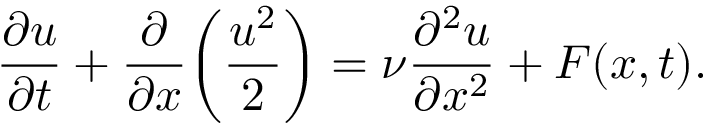
\frac { \partial u } { \partial t } + \frac { \partial } { \partial x } \bigg ( \frac { u ^ { 2 } } { 2 } \bigg ) = \nu \frac { \partial ^ { 2 } u } { \partial x ^ { 2 } } + F ( x , t ) .